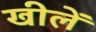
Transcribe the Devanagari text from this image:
खीलें